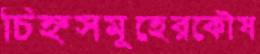
চিহ্নসমূহেরকৌষ